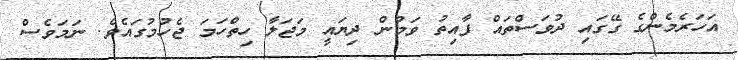
އަހަރެމެންގެ ގޭގައި ދުވަސްތައް ފާއިތު ވަމުން ދިޔައީ މަޖަލާ ހިތްހަމަ ޖެހުމުގައެވެ. ނަމަވެސް